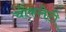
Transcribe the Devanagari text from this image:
चोकलेटी